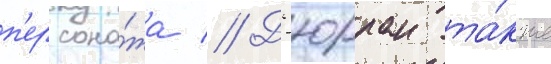
п'ерсона́жа // Д'юрран та́кже